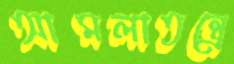
আমলাতন্ত্রে